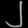
Digit: ၂